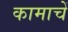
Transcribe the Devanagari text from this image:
कामाचें